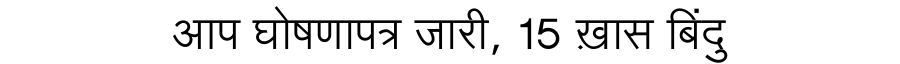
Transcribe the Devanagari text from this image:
आप घोषणापत्र जारी, 15 ख़ास बिंदु